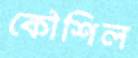
কৌশিল